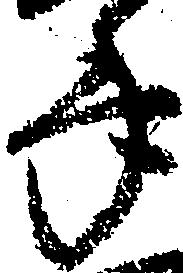
年